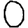
Digit: 0